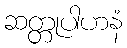
ဆတ္တုပါဟနံ